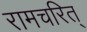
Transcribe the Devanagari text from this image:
रामचरित्